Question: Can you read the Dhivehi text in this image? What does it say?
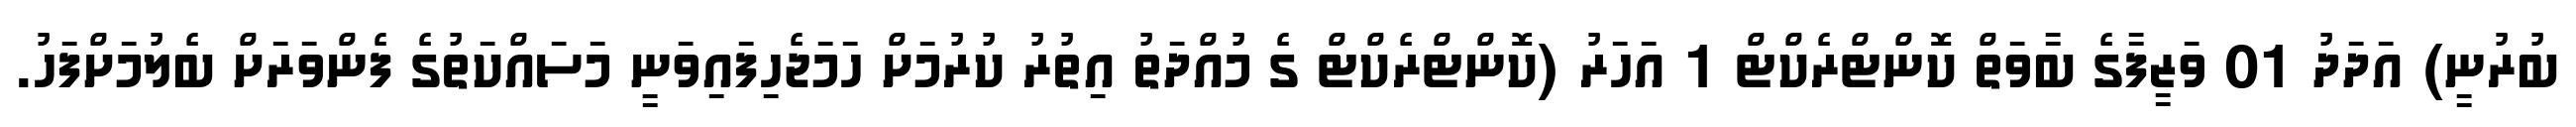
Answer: ބުރުނީ) އަދަދު 01 ވަޒީފާގެ ބާވަތް ކޮންޓްރެކްޓް 1 އަހަރު (ކޮންޓްރެކްޓް ގެ މުއްދަތު އިތުރު ކުރުމަށް ހަމަޖެހިފައިވަނީ މަސައްކަތުގެ ފެންވަރަށް ބެލުމަށްފަހު.